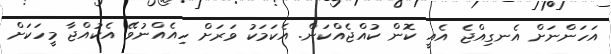
އަހަންނަށް އެނގިއްޖެ އެއީ ކޮން ކުއްޖެއްކަން. އެކަމަކު ވަރަށް ހިއެއްނުވޭ އެކުއްޖާ މީހަކަށް